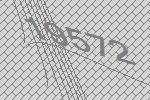
19572